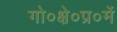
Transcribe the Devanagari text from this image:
गो०क्षे०प्र०में